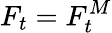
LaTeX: F_{t}=F_{t}^{M}